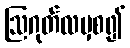
ဩဂုတ်လမှစ၍